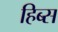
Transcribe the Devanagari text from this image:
हिब्स